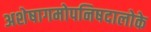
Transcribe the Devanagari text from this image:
अशेषागमोपनिषदालोके